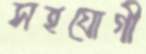
সহযোগী